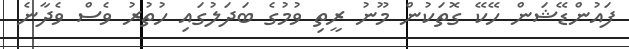
ފައުންޑޭޝަން ހޭކޭ ގޮތަކުން މޫނު ރީތި ވުމުގެ ބަދަލުގައި ހުތުރު ވެސް ވެދާނެ